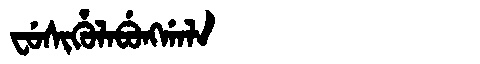
Manchu: ᠸᡠᠰᡳᡥᡠᠯᠠᠪᡠᠩᡤᠠᠯᠠ
Romanization: FUSIHULABUNGGALA